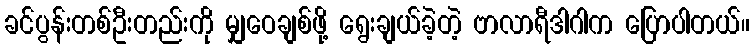
ခင်ပွန်းတစ်ဦးတည်းကို မျှဝေချစ်ဖို့ ရွေးချယ်ခဲ့တဲ့ ဗာလာရီဒါဂါက ပြောပါတယ်။